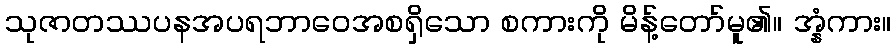
သုဇာတဿပနအပရဘာဝေအစရှိသော စကားကို မိန့်တော်မူ၏။ အ္နံကား။